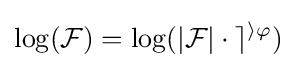
\log({\mathcal {F}})=\log({\mathcal {|F|\cdot e^{i\varphi }}})